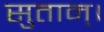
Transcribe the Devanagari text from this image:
सुतान्।